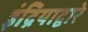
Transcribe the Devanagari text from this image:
इंद्रियाद्वारे